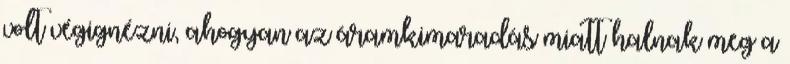
volt végignézni, ahogyan az áramkimaradás miatt halnak meg a